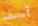
آسف